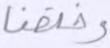
وخلقنا